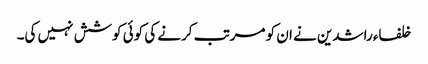
خلفاء راشدین نے ان کو مرتب کرنے کی کوئی کوشش نہیں کی۔